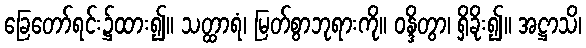
ခြေတော်ရင်း၌ထား၍။ သတ္ထာရံ၊ မြတ်စွာဘုရားကို။ ဝန္ဒိတွာ၊ ရှိခိုး၍။ အဋ္ဌာသိ၊